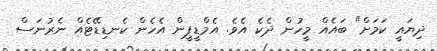
ދިޔައީ ކަމަށް" ބައެއް މީހުން ދެކެ އެވެ. އެމްޑީޕީން އެހެން ކެނޑިޑޭޓެއް ނެރުނަސް